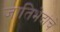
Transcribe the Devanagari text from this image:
जातिभेदांचे